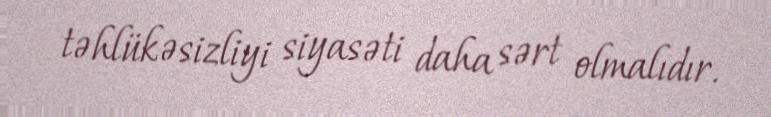
təhlükəsizliyi siyasəti daha sərt olmalıdır.